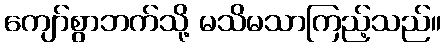
ကျော်စွာဘက်သို့ မသိမသာကြည့်သည်။